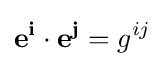
\mathbf {e^{i}} \cdot \mathbf {e^{j}} =g^{ij}